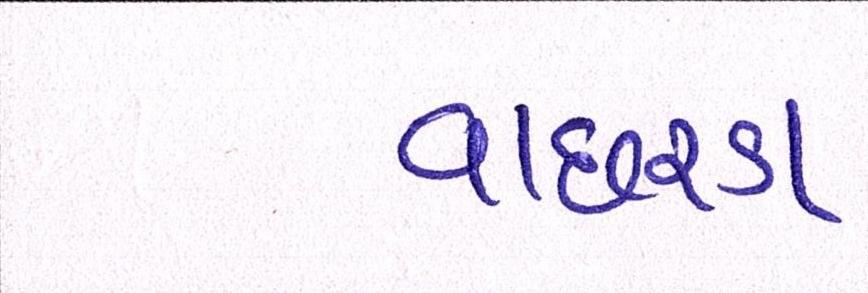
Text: વાછરડા